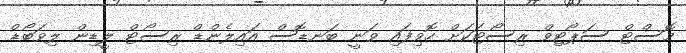
މޮސްޓް ސަޕޯޓިވް ރިސޯޓަކަށް ހޮވިފައި ވަނީ ބަނޑޮސް އައިލެންޑް ރިސޯޓް ލީޑިން ލިވަބޯޑް